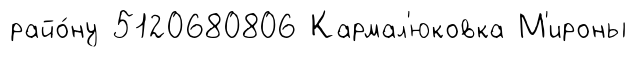
райо́ну 5120680806 Кармал'юковка М'ироны